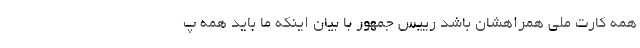
همه کارت ملی همراهشان باشد رییس جمهور با بیان اینکه ما باید همه پ